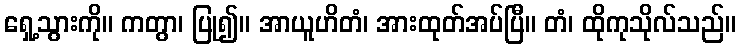
ရှေ့သွားကို။ ကတွာ၊ ပြု၍။ အာယူဟိတံ၊ အားထုတ်အပ်ပြီ။ တံ၊ ထိုကုသိုလ်သည်။